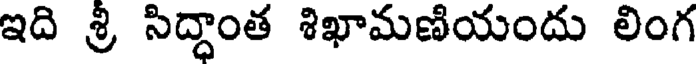
ఇది శ్రీ సిద్ధాంత శిఖామణియందు లింగ